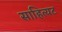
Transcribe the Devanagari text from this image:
साहित्यट